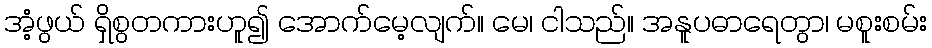
အံ့ဖွယ် ရှိစွတကားဟူ၍ အောက်မေ့လျက်။ မေ၊ ငါသည်။ အနူပဓာရေတွာ၊ မစူးစမ်း